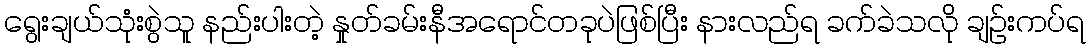
ရွေးချယ်သုံးစွဲသူ နည်းပါးတဲ့ နှုတ်ခမ်းနီအရောင်တခုပဲဖြစ်ပြီး နားလည်ရ ခက်ခဲသလို ချဉ်းကပ်ရ